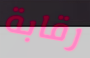
رقابة